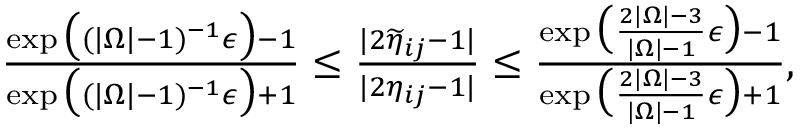
\begin{array} { r } { \frac { \exp \big ( ( | \Omega | - 1 ) ^ { - 1 } \epsilon \big ) - 1 } { \exp \big ( ( | \Omega | - 1 ) ^ { - 1 } \epsilon \big ) + 1 } \leq \frac { | 2 \widetilde { \eta } _ { i j } - 1 | } { | 2 \eta _ { i j } - 1 | } \leq \frac { \exp \big ( \frac { 2 | \Omega | - 3 } { | \Omega | - 1 } \epsilon \big ) - 1 } { \exp \big ( \frac { 2 | \Omega | - 3 } { | \Omega | - 1 } \epsilon \big ) + 1 } , } \end{array}